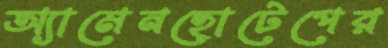
অ্যামেনহোটেপের